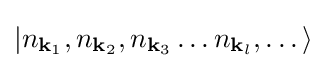
|n_{\mathbf {k} _{1}},n_{\mathbf {k} _{2}},n_{\mathbf {k} _{3}}\dots n_{\mathbf {k} _{l}},\dots \rangle